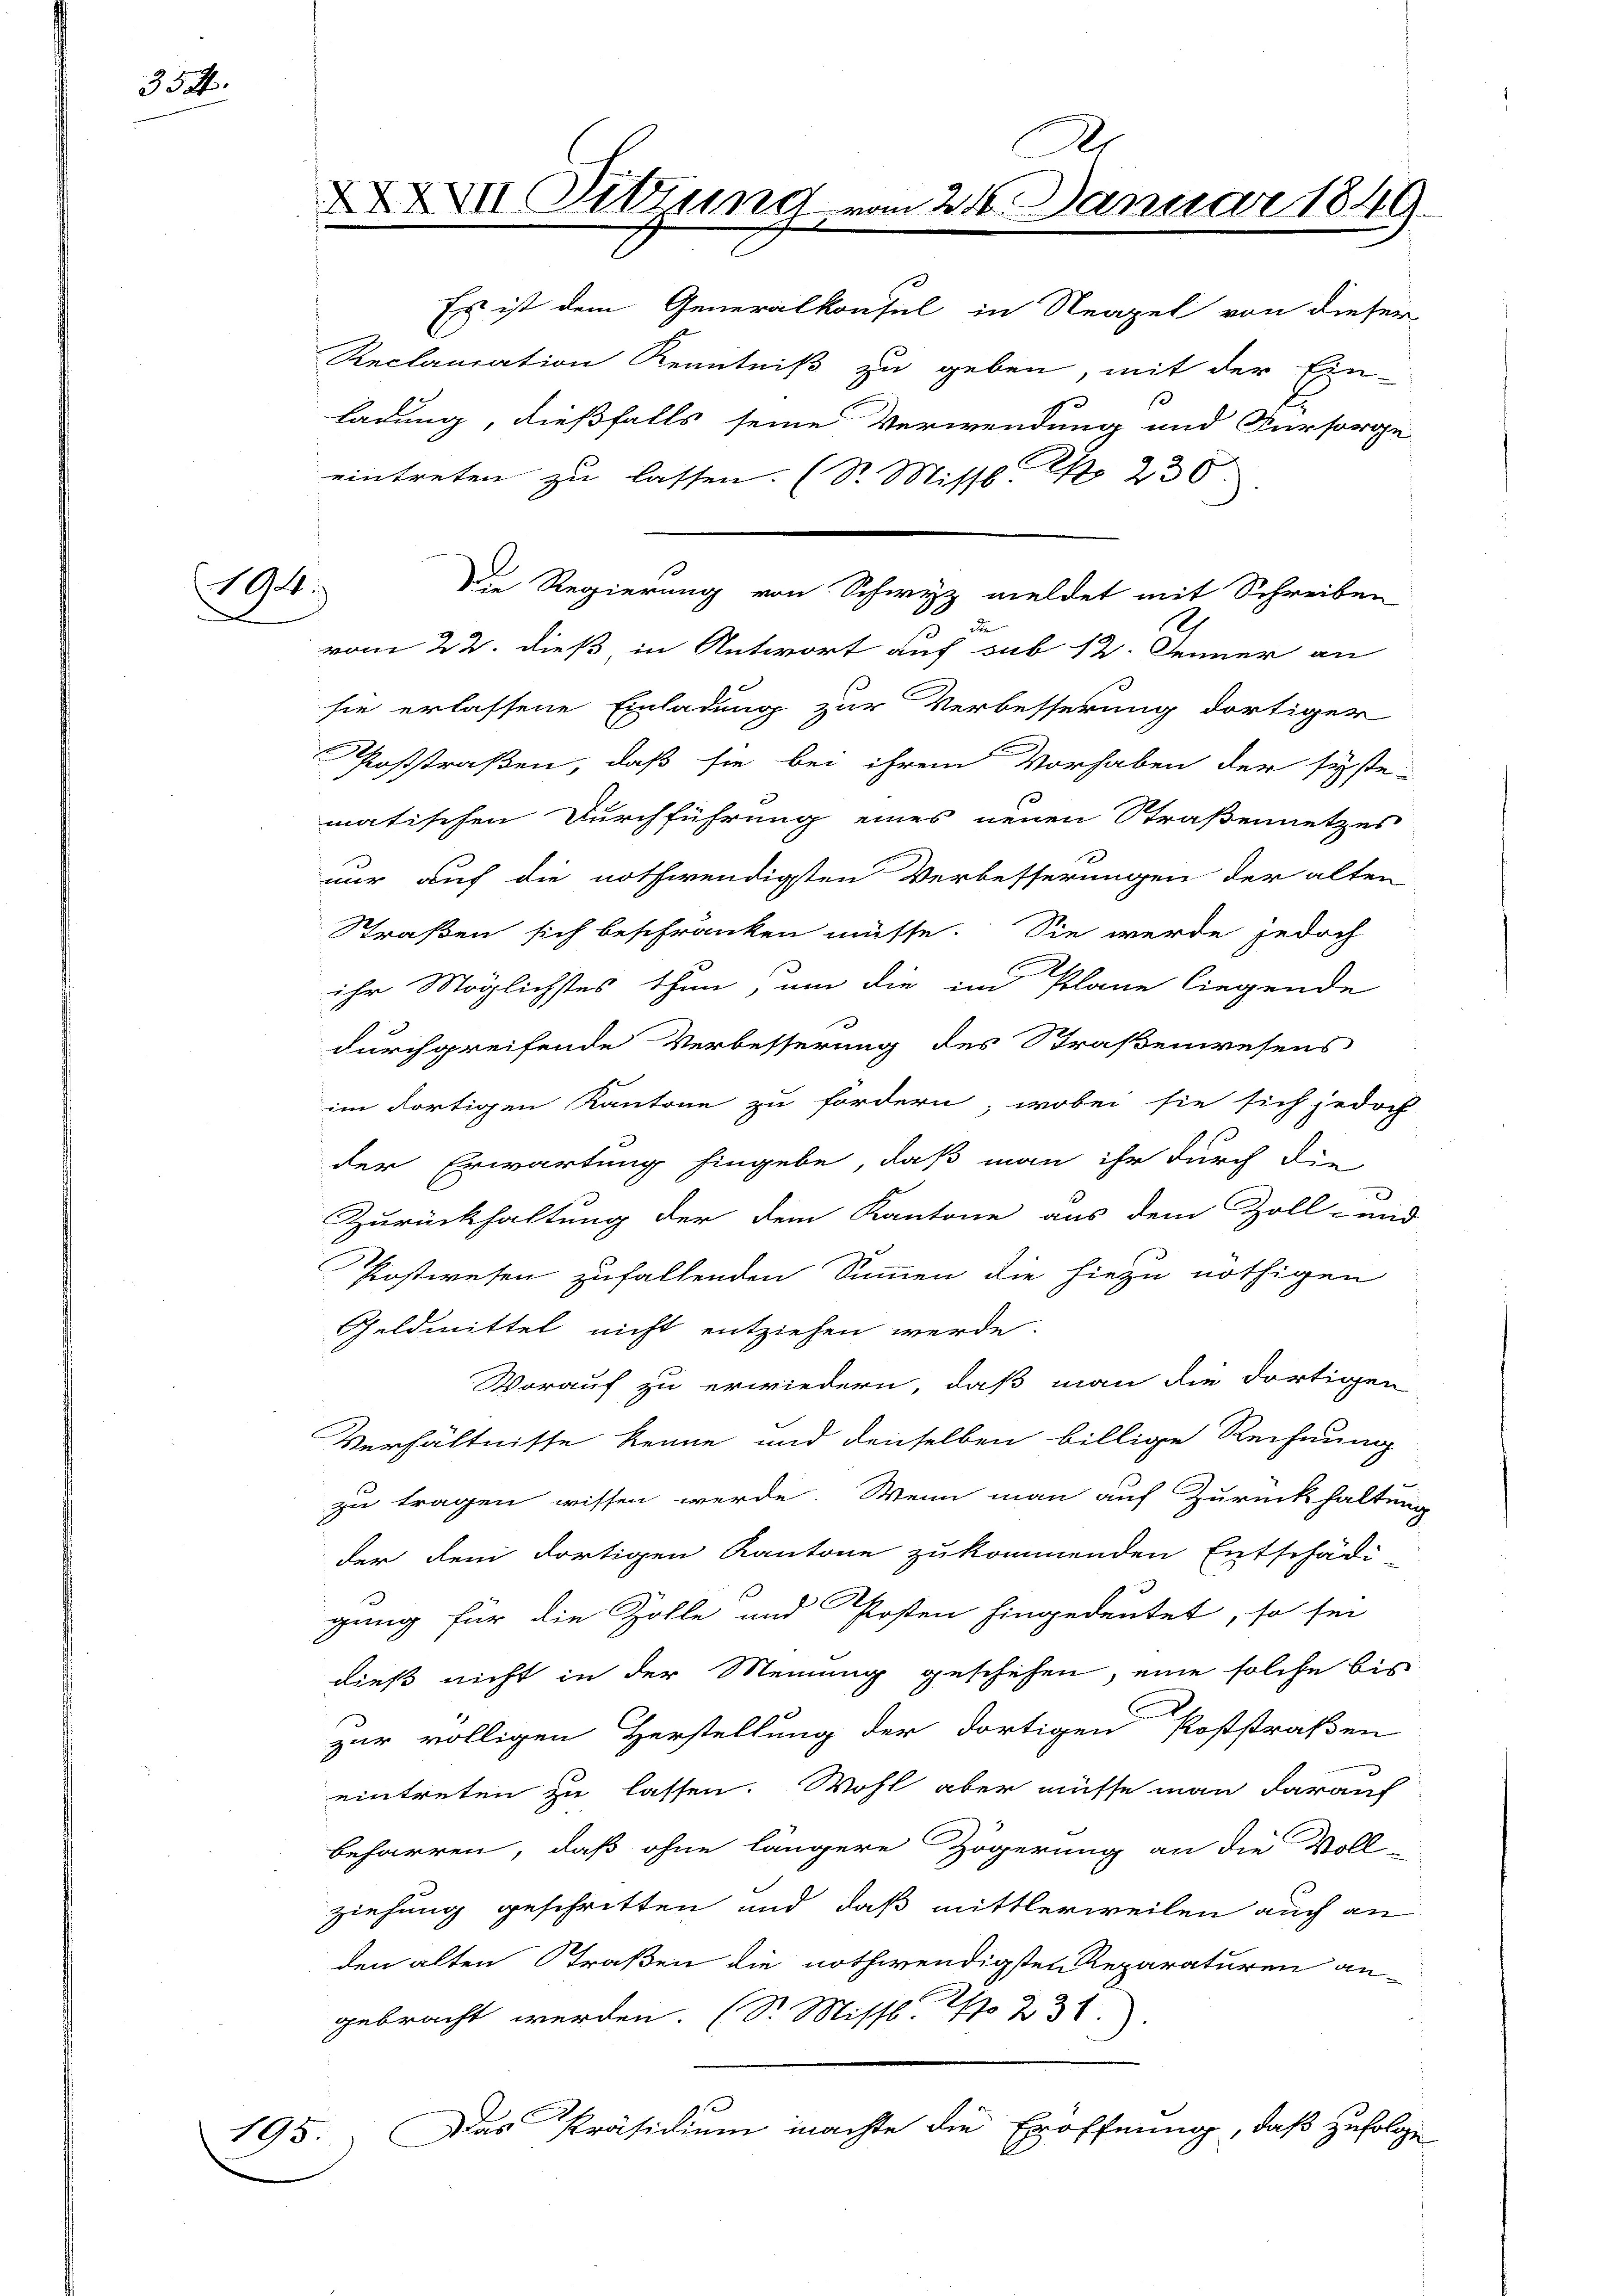
334.

194.

D
XXXVII Dittung vom 24. Januar 1849.
t

Es ist dem Generalkonsul in Neapel von dieser
Reclamation Kenntniß zu geben, mit der Ein-
ladung, dießfalls seine Verwendung und Fürsorge
eintreten zu lassen. (S. Missb. S. 230
de
vom 22. dieß in Antwort auf sub 12. Jenner an
sie erlassene Einladung zur Verbesserung dortiger
oststraßen, daß sie bei ihrem Vorhaben der syste-
matischen Durchführung eines neuen Straßennetzes
nur auf die nothwendigsten Verbesserungen der alten
Straßen sich beschränken müsse. Sie werde jedoch
ihr Möglichstes thun, um die im Plane liegende
durchgreifende Verbesserung des Straßenwesens
im dortigen Kantone zu fordern; wobei sie sich jedoch
der Erwartung hingebe, daß man ihr durch die
Zurückhaltung der dem Kantone aus dem Zoll- und
Postwesen zufallenden Summen die hiezu nöthigen
Geldmittel nicht entziehen werde.
Worauf zu erwiedern, daß man die dortigen
Verhältnisse kenne und denselben billige Rechnung
zu tragen wissen werde. Wenn man auf Zurückhaltung
der dem dortigen Kantone zukommenden Entschädi-
gung für die Zolle und Posten hingedeutet, so sei
dieß nicht in der Meinung geschehen, eine solche bis
C
zur völligen Herstellung der dortigen Poststraßen
eintreten zu lassen. Wohl aber müsse man darauf
beharren, daß ohne längere Zögerung an die Voll-
ziehung geschritten und daß mittlerweilen auch an
den alten Straßen die nothwendigsten Reparaturen an-
gebracht werden. (S. Missl. No 231.
910
195. Das Präsidium machte die Eröffnung, daß zufolge

Die Regierung von Schwyz meldet mit Schreiben